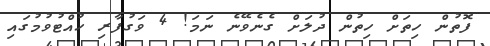
ފޮތުން ހިތަށް ހިތުން ދުލަށް ގެނެވޭނެ ނަމަ! 4 ވަގުފާރި ހުއްޓުވުމުގައި